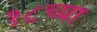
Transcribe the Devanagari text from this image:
१८च्या